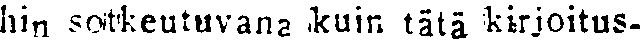
hin sotkeutuvana kuin tätä kirjoitus-